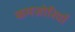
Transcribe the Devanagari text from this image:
कमज़ोरियाँ